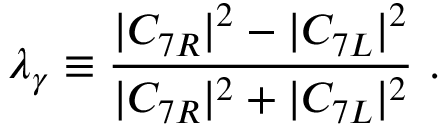
\lambda _ { \gamma } \equiv { \frac { | C _ { 7 R } | ^ { 2 } - | C _ { 7 L } | ^ { 2 } } { | C _ { 7 R } | ^ { 2 } + | C _ { 7 L } | ^ { 2 } } } ~ .